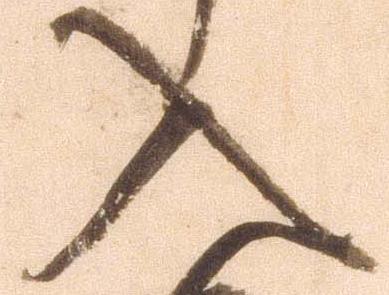
入